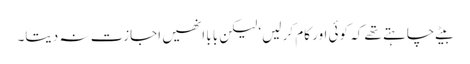
بیٹے چاہتے تھے کہ کوئی اور کام کر لیں‘ لیکن بابا انھیں اجازت نہ دیتا۔